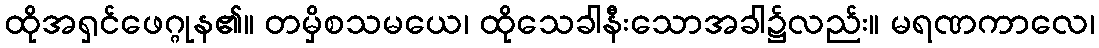
ထိုအရှင်ဖေဂ္ဂုန၏။ တမှိစသမယေ၊ ထိုသေခါနီးသောအခါ၌လည်း။ မရဏကာလေ၊